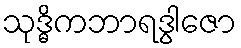
သုဒ္ဓိကဘာရဒွါဇော